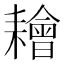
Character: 𦔦